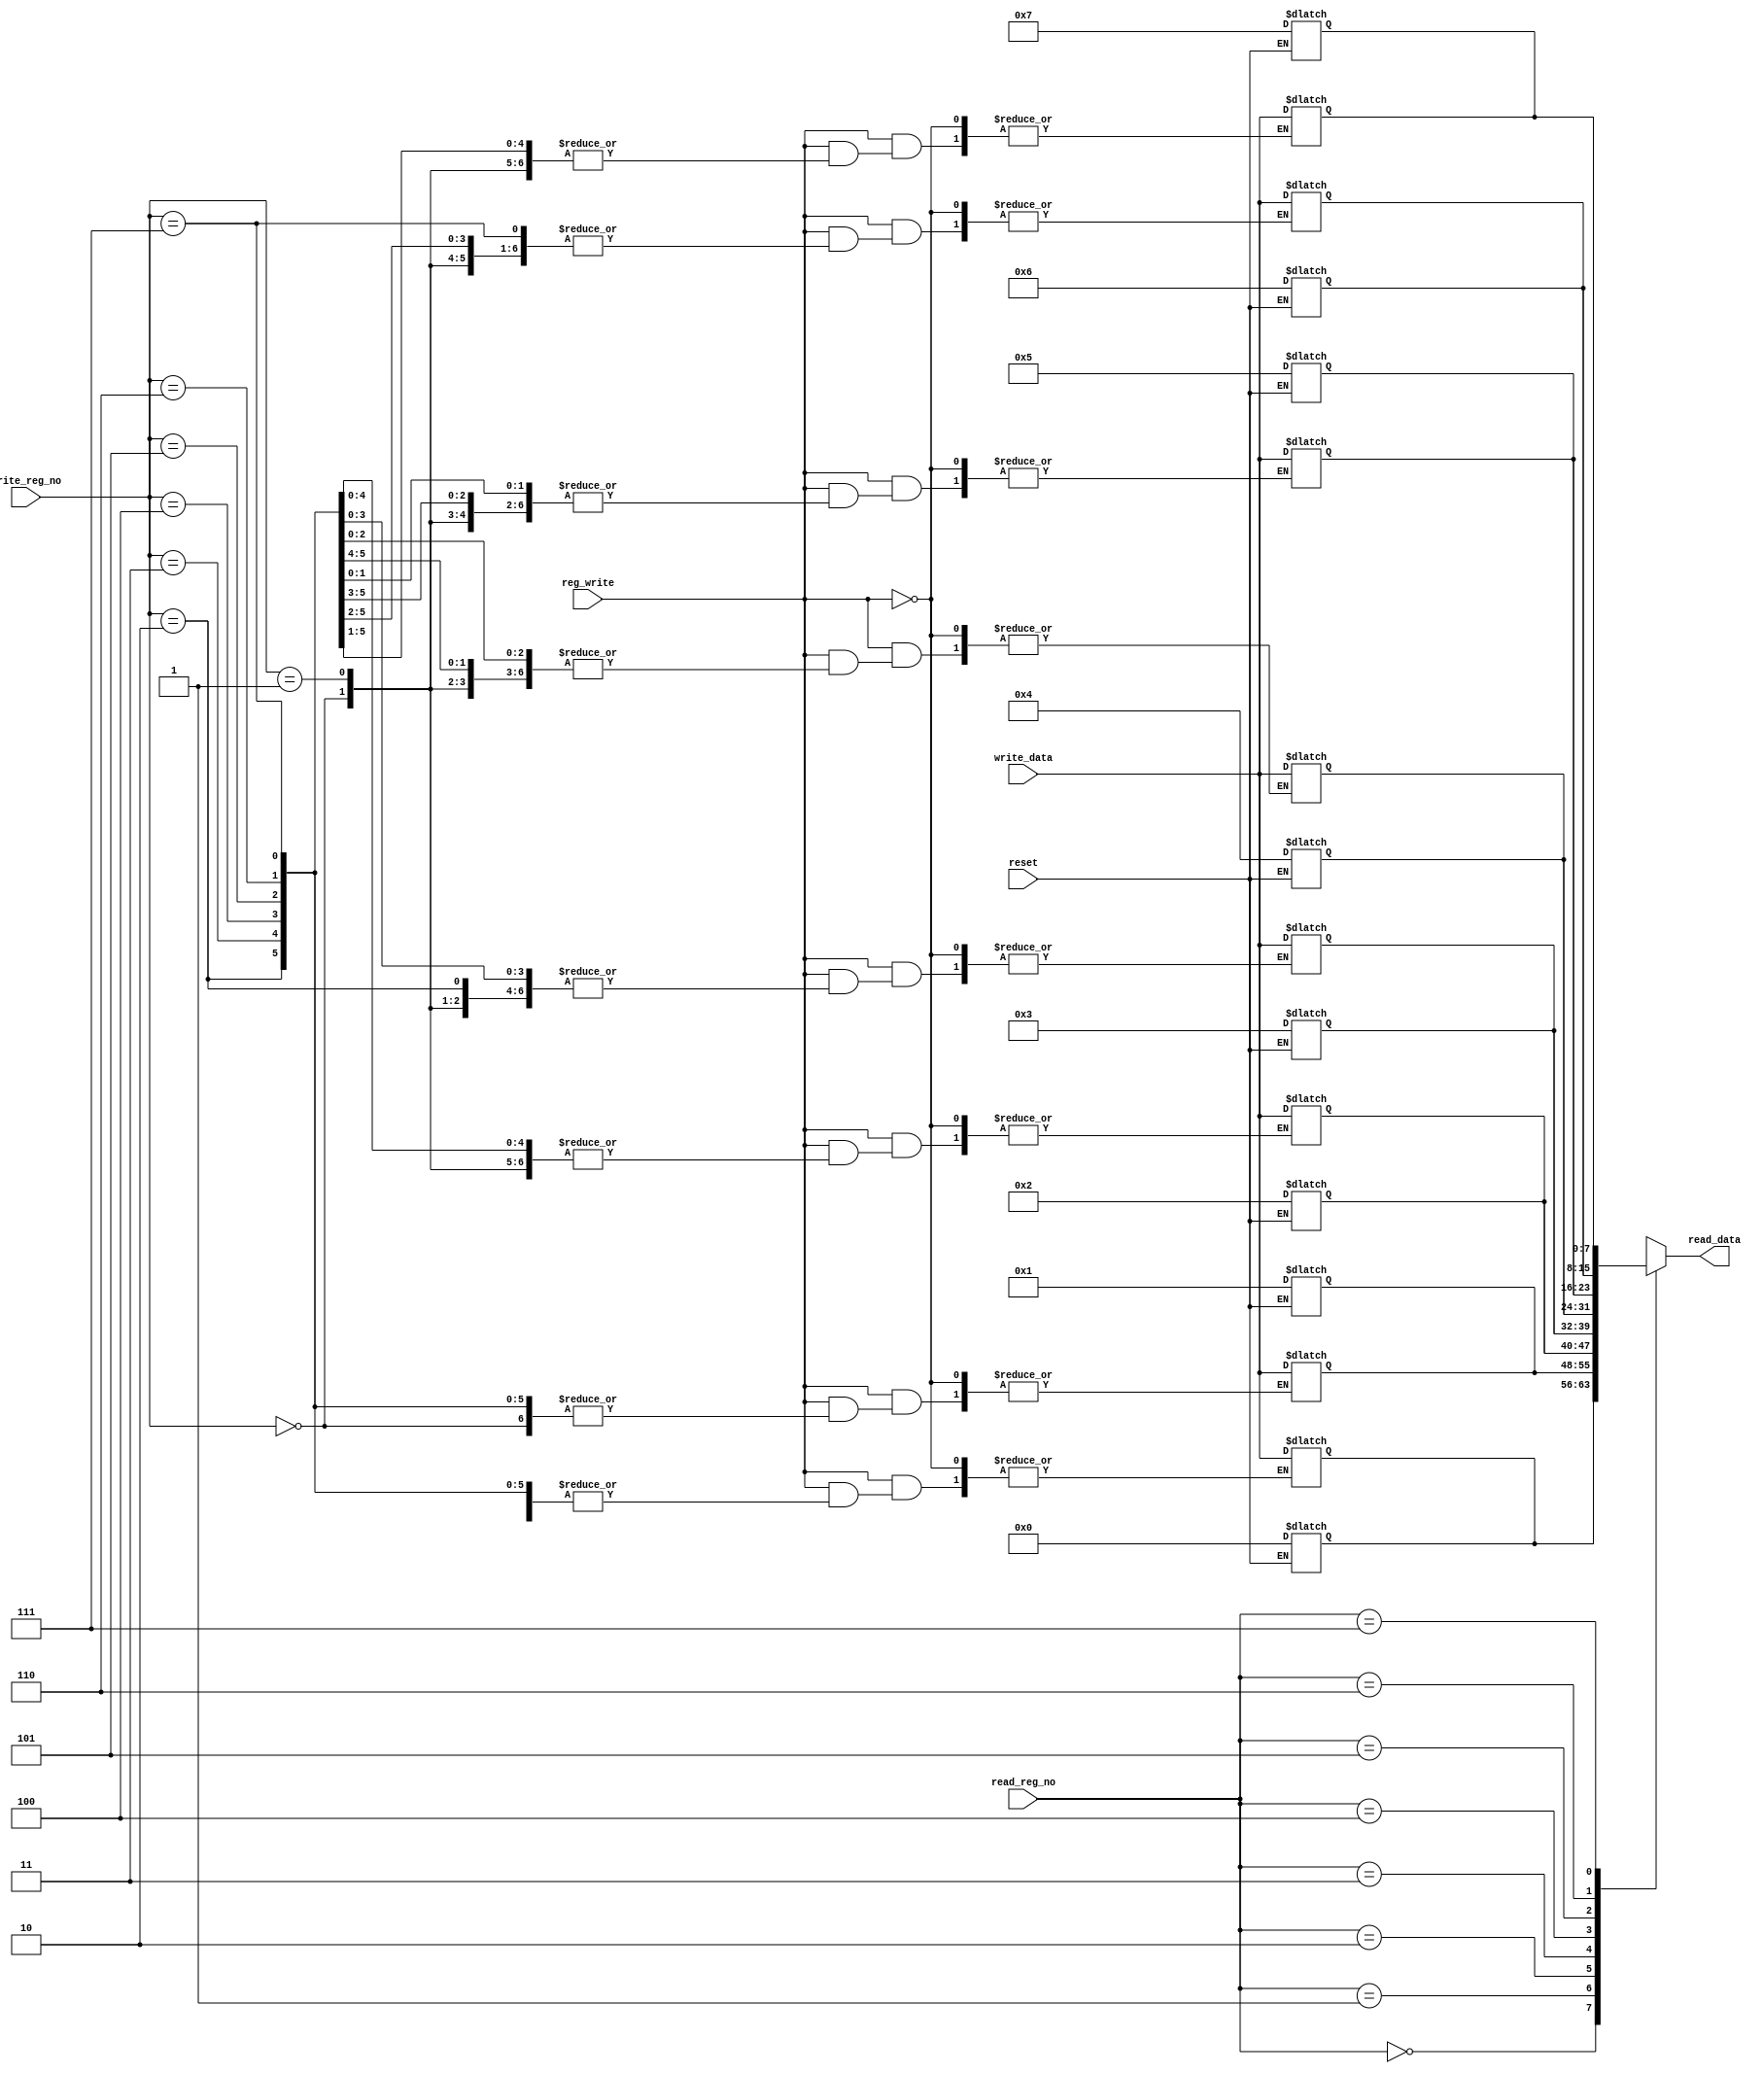
`timescale 1ns / 1ps
//////////////////////////////////////////////////////////////////////////////////
// Company: 
// Engineer: 
// 
// Design Name: 
// Module Name: reg_file
// Project Name: 
// Target Devices: 
// Tool Versions: 
// Description: 
// 
// Dependencies: 
// 
// Revision:
// Revision 0.01 - File Created
// Additional Comments:
// 
//////////////////////////////////////////////////////////////////////////////////


module reg_file(
    input reset,

    input [2:0] read_reg_no,
   output [7:0] read_data,
   input [2:0]write_reg_no,
    input [7:0] write_data,
    input reg_write
    
    );
    
    reg [7:0] RegMem [7:0];
    

assign read_data = RegMem[read_reg_no];


    always@( reset)
    
    if(reset == 0 )
    begin
    RegMem[0]=0;
    RegMem[1]=1;
    RegMem[2]=2; 
    RegMem[3]=3; 
    RegMem[4]=4;
    RegMem[5]=5; 
    RegMem[6]=6;
    RegMem[7]=7; 
       
    end
 
 always@(write_reg_no,write_data,reg_write)
  if(reg_write)  
  RegMem[write_reg_no] =  write_data;
   
endmodule